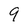
Character: 9